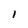
Character: 1